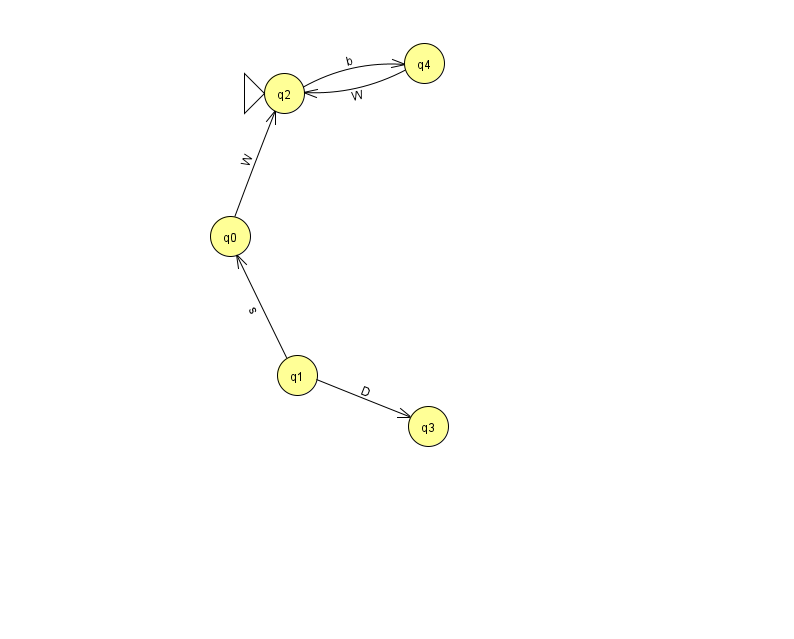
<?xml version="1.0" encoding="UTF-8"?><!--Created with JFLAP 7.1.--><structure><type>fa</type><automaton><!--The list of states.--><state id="0" name="q0"><x>230.0</x><y>223.0</y></state><state id="1" name="q1"><x>297.0</x><y>362.0</y></state><state id="2" name="q2"><x>284.0</x><y>80.0</y><initial/></state><state id="3" name="q3"><x>428.0</x><y>413.0</y></state><state id="4" name="q4"><x>424.0</x><y>50.0</y></state><!--The list of transitions.--><transition><from>1</from><to>0</to><read>s</read></transition><transition><from>2</from><to>4</to><read>b</read></transition><transition><from>1</from><to>3</to><read>D</read></transition><transition><from>0</from><to>2</to><read>W</read></transition><transition><from>4</from><to>2</to><read>W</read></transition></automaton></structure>